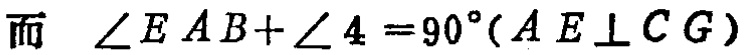
而 $\angle EAB + \angle 4 = 90^{\circ}(AE\perp CG)$